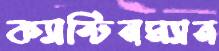
ক্যান্টিনম্যান